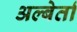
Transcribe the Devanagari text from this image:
अल्बेर्ता